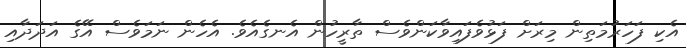
އެކި ފަހަރުމަތިން މިރަށް ފަޅުވެފައިވާކަންވެސް ތާރީހުން އެނގެއެވެ. އެހެން ނަމަވެސް އޭގެ އަދަދާއި